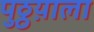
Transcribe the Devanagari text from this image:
पुठ्ठय़ाला